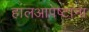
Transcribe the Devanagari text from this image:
हालआपेष्टांना